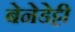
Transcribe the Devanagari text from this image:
बेनेडेट्टी